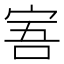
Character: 𡨂